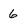
Character: 6